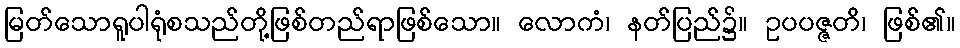
မြတ်သောရူပါရုံစသည်တို့ဖြစ်တည်ရာဖြစ်သော။ လောကံ၊ နတ်ပြည်၌။ ဥပပဇ္ဇတိ၊ ဖြစ်၏။